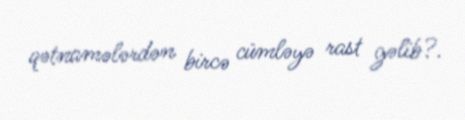
qətnamələrdən bircə cümləyə rast gəlib?.